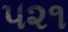
૫૨૧